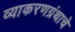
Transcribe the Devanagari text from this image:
व्याकरणग्रंथाचे